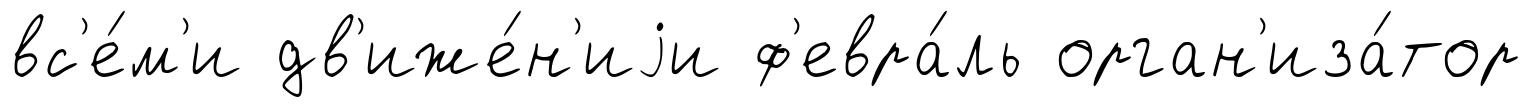
вс'е́м'и дв'иже́н'иjи ф'евра́ль орган'иза́тор